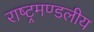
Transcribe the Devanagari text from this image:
राष्‍ट्रमण्‍डलीय